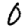
Digit: 0